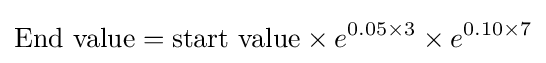
{\text{End value}}={\text{start value}}\times e^{0.05\times 3}\times e^{0.10\times 7}